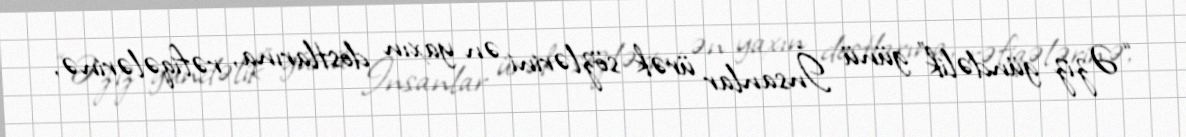
“Əziz gündəlik” günü İnsanlar ürək sözlərini ən yaxın dostlarına, rəfiqələrinə,